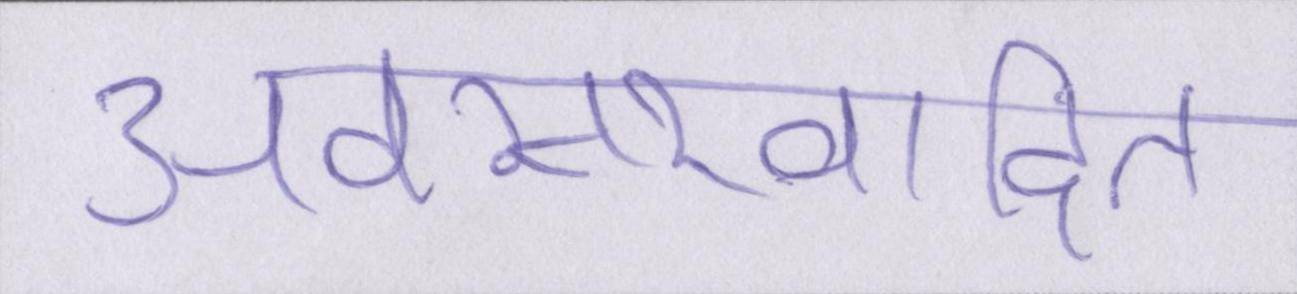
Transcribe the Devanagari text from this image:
अवसरवादित